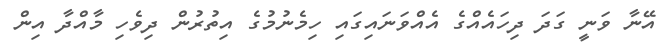
އޭނާ ވަނީ ގަދަ ދިހައެއްގެ އެއްވަނައިގައި ހިމެނުމުގެ އިތުރުން ދިވެހި މާއްދާ އިން